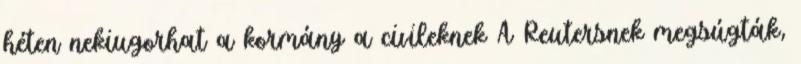
héten nekiugorhat a kormány a civileknek A Reutersnek megsúgták,